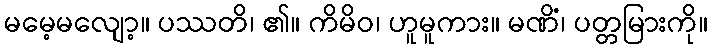
မမေ့မလျော့။ ပဿတိ၊ ၏။ ကိမိဝ၊ ဟူမူကား။ မဏိံ၊ ပတ္တမြားကို။